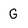
Character: G